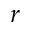
r